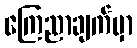
ကြေညာချက်မှာ